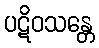
ပဋိဝသန္တေ